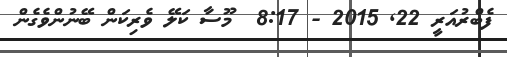
ފެބްރުއަރީ 22